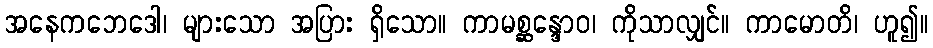
အနေကဘေဒေါ၊ များသော အပြား ရှိသော။ ကာမစ္ဆန္ဒောဝ၊ ကိုသာလျှင်။ ကာမောတိ၊ ဟူ၍။